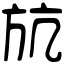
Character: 𣃚